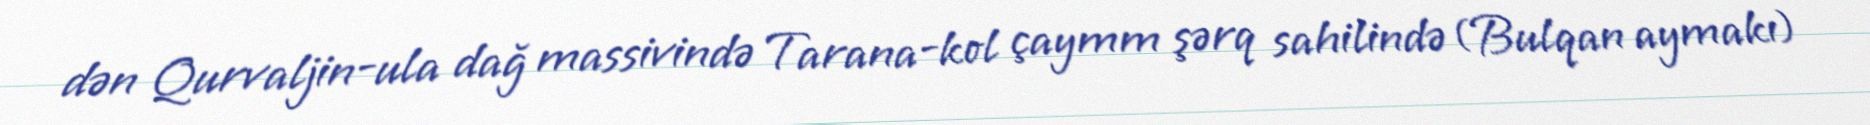
dən Qurvaljin-ula dağ massivində Tarana-kol çaymm şərq sahilində (Bulqan aymakı)